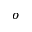
^ o